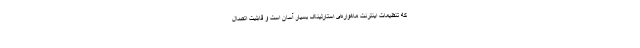
که تنظیمات اینترنت ماهواره‌ای استارلینک بسیار آسان است و قابلیت اتصال